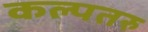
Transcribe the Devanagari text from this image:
कल्‍पतरु